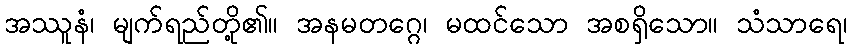
အဿူနံ၊ မျက်ရည်တို့၏။ အနမတဂ္ဂေ၊ မထင်သော အစရှိသော။ သံသာရေ၊